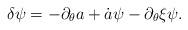
LaTeX: \begin{align*}\delta\psi=-\partial_\theta a+\dot{a}\psi-\partial_\theta\xi\psi.\end{align*}